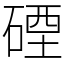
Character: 䃌